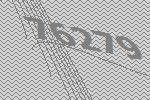
76279